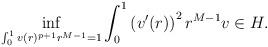
LaTeX: \begin{align*} \inf\limits_{\int_0^1v(r)^{p+1}r^{M-1}=1}\int_0^1\left(v'(r)\right)^2r^{M-1}v\in H.\end{align*}